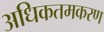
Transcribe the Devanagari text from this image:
अधिकतमकरण